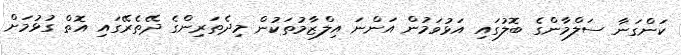
ކަންގަނާ ސަލްމާންގެ ބޮލުގައި އަޅުވަމުން އަންނަ އިލްޒާމުތަކުން މިދެތަރިންގެ ދޭތެރޭގައި އޮތް ގުޅުމަށް